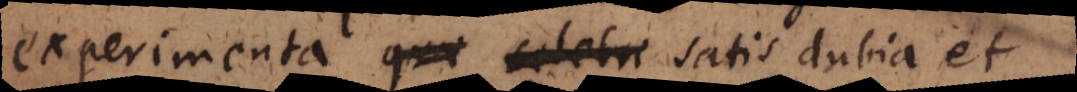
experimenta quae celebr satis dubia et